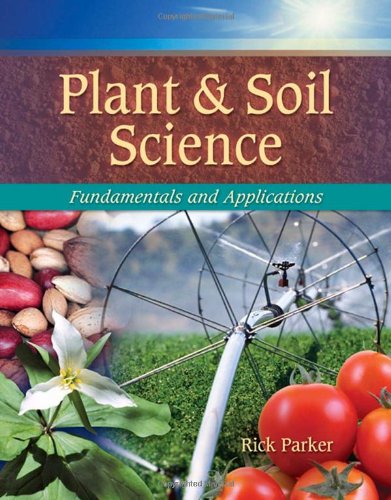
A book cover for Plant & Soil Science: Fundamentals & Applications (Texas Science); Rick Parker; Science & Math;